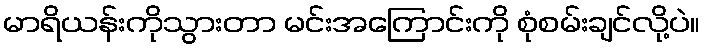
မာရိယန်းကိုသွားတာ မင်းအကြောင်းကို စုံစမ်းချင်လို့ပဲ။